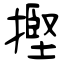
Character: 摼